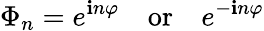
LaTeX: \Phi_{n}=e^{\mathbf{i}n\varphi}\, \, \, \, \, \, \mathrm{{or}}\, \, \, \, \, \, e^{-\mathbf{i}n\varphi}